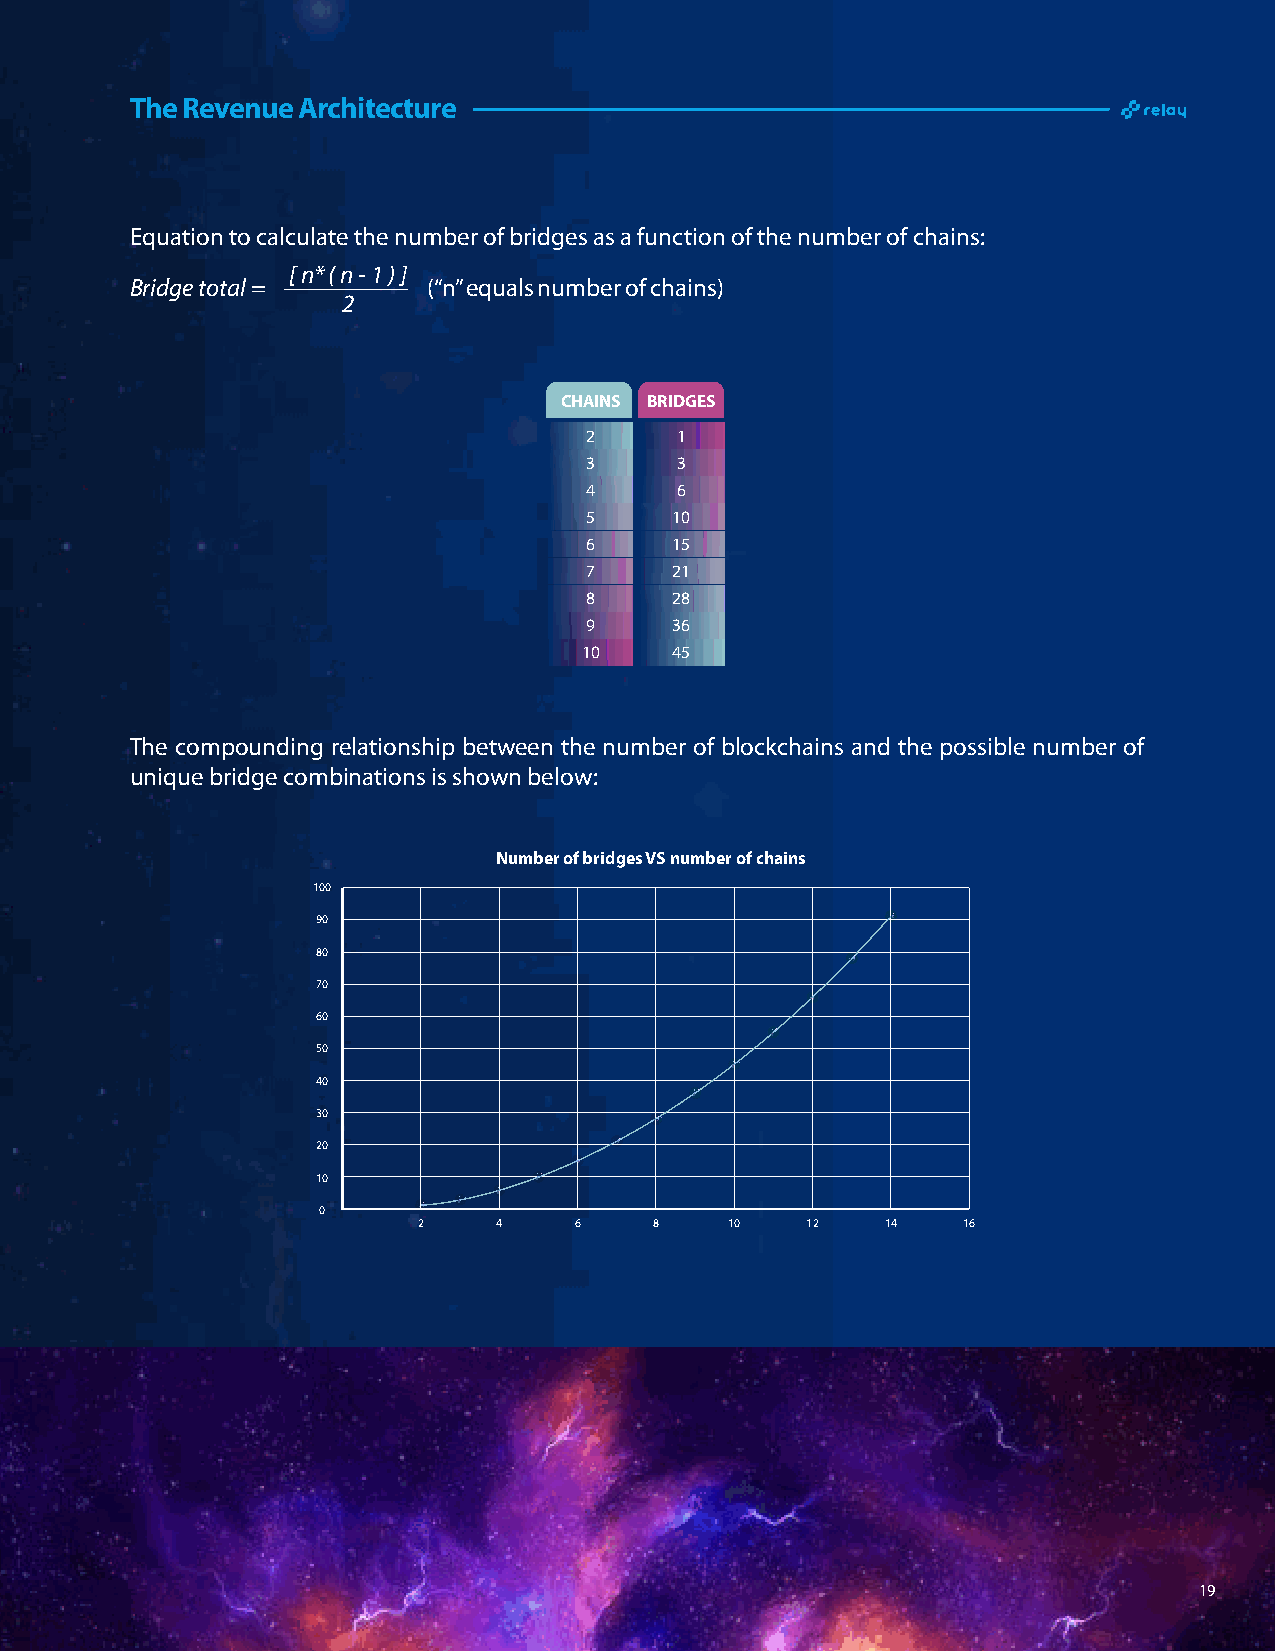
The Revenue Architecture
 Equation to calculate the number of bridges as a function of the number of chains:
 [ n* ( n - 1 ) ]
 Bridge total =     (“n” equals number of chains)
 2
 CHAINS BRIDGES
 2     1
 3     3
 4     6
 5     10
 6     15
 7     21
 8     28
 9     36
 10    45
 The compounding relationship between the number of blockchains and the possible number of
 unique bridge combinations is shown below:
 Number of bridges VS number of chains
 100
 90
 80
 70
 60
 50
 40
 30
 20
 10
 0
 2    4    6    8    10   12    14   16
 19